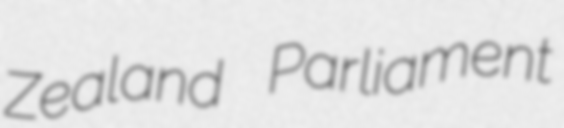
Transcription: Zealand Parliament